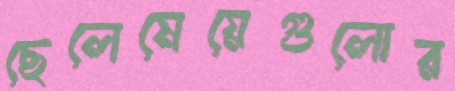
ছেলেমেয়েগুলোর